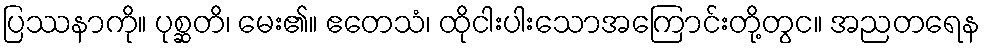
ပြဿနာကို။ ပုစ္ဆတိ၊ မေး၏။ ဧတေသံ၊ ထိုငါးပါးသောအကြောင်းတို့တွင။ အညတရေန